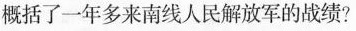
概括了一年多来南线人民解放军的战绩?